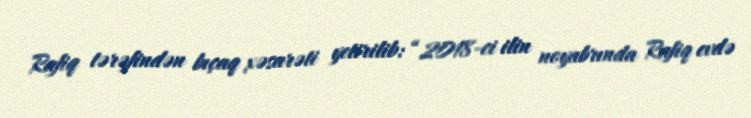
Rafiq tərəfindən bıçaq xəsarəti yetirilib: “2018-ci ilin noyabrında Rafiq evdə